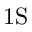
\mathrm { 1 S }